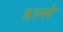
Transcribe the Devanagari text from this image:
डल्से